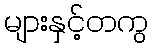
များနှင့်တကွ